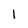
Character: l